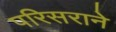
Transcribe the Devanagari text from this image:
परिसराने